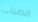
الصينى